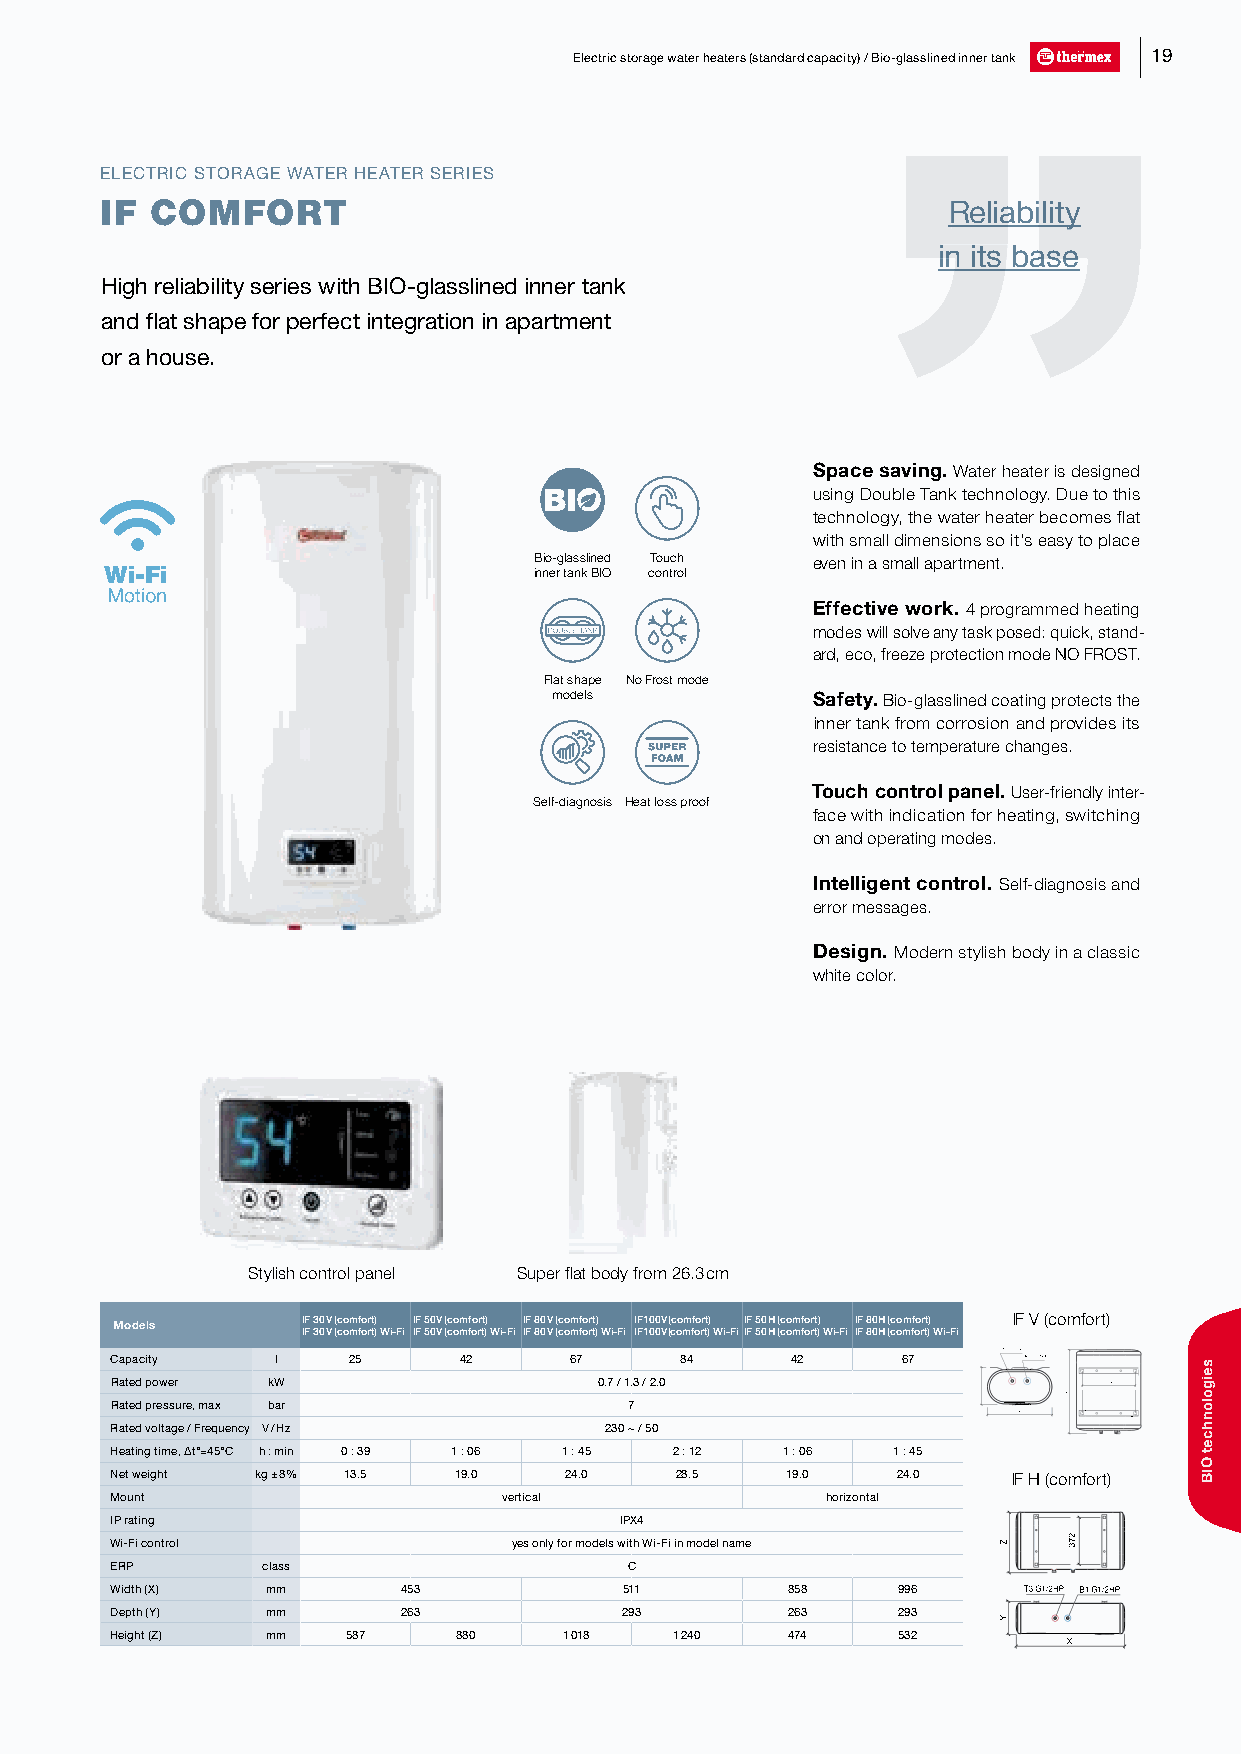
Electric storage water heaters (standard capacity) / Bio-glasslined inner tank 19
 ELECTRIC STORAGE WATER HEATER SERIES
 IF COMFORT                                              RRRRReeeeellllliiiiiaaaaabbbbbiiiiillllliiiiitttttyyyyy
 iiinnn iiitttsss bbbaaassseee
 High reliability series with BIO-glasslined inner tank
 and flat shape for perfect integration in apartment
 or a house.
 Space saving. Water heater is designed
 using Double Tank technology. Due to this
 technology, the water heater becomes flat
 with small dimensions so it’s easy to place
 Bio-glasslined Touch even in a small apartment.
 inner tank BIO control
 Effective work. 4 programmed heating
 modes will solve any task posed: quick, stand-
 ard, eco, freeze protection mode NO FROST.
 Flat shape No Frost mode
 models           Safety. Bio-glasslined coating protects the
 inner tank from corrosion and provides its
 resistance to temperature changes.
 Touch control panel. User-friendly inter-
 Self-diagnosis Heat loss proof
 face with indication for heating, switching
 on and operating modes.
 Intelligent control. Self-diagnosis and
 error messages.
 Design. Modern stylish body in a classic
 white color.
 Stylish control panel Super flat body from 26.3 cm
 Models      IF 30 V (comfort) IF 50 V (comfort) IF 80 V (comfort) IF 100 V (comfort) IF 50 H (comfort) IF 80 H (comfort) IF V (comfort)
 IF 30 V (comfort) Wi-Fi IF 50 V (comfort) Wi-Fi IF 80 V (comfort) Wi-Fi IF 100 V (comfort) Wi-FiIF 50 H (comfort) Wi-Fi IF 80 H (comfort) Wi-Fi
 T3G1/2HP
 Capacity   l    25     42      67     84     42      67      B1G1/2HP
 Rated power kW                   0.7 / 1.3 / 2.0                  3722
 Rated pressure, max bar            7
 X
 Rated voltage / Frequency V / Hz 230 ~ / 50
 Heating time, ∆t°=45°C h : min 0 : 39 1 : 06 1 : 45 2 : 12 1 : 06 1 : 45
 Net weight kg ± 8% 13.5 19.0  24.0    28.5   19.0   24.0    IF H (comfort)
 Mount                     vertical              horizontal
 IP rating                         IPX4
 Wi-Fi control              yes only for models with Wi-Fi in model name
 ERP       class                    C
 Width (X)  mm       453           511        858    996      T3G1/2HP B1G1/2HP
 Depth (Y)  mm       263           293        263    293
 Height (Z) mm   587    880    1 018   1 240  474    532
 X
 Y
 Z
 Y
 Z
 2273
 seigolonhcet
 OIB